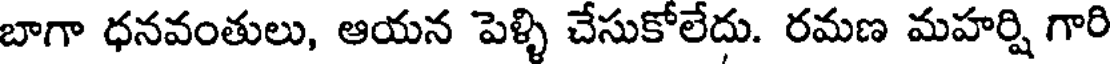
బాగా ధనవంతులు, ఆయన పెళ్ళి చేసుకోలేదు. రమణ మహర్షి గారి